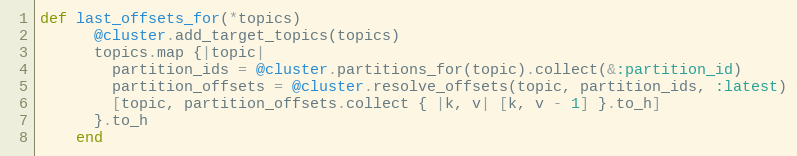
Language: Ruby
def last_offsets_for(*topics)
      @cluster.add_target_topics(topics)
      topics.map {|topic|
        partition_ids = @cluster.partitions_for(topic).collect(&:partition_id)
        partition_offsets = @cluster.resolve_offsets(topic, partition_ids, :latest)
        [topic, partition_offsets.collect { |k, v| [k, v - 1] }.to_h]
      }.to_h
    end